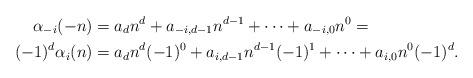
LaTeX: \begin{align*}\alpha_{-i}(-n) &= a_d n^d + a_{-i,d-1}n^{d-1} + \cdots + a_{-i,0} n^0 = \\(-1)^d \alpha_i(n) &= a_d n^d(-1)^0 + a_{i,d-1}n^{d-1}(-1)^1 + \cdots + a_{i,0} n^0(-1)^d.\end{align*}